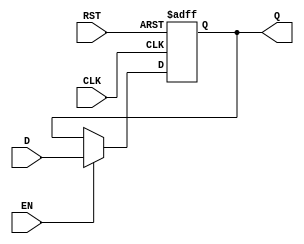
module stage_register (
    input wire CLK,      // Clock signal
    input wire EN,       // Enable signal
    input wire RST,      // Reset signal (active high)
    input wire [N-1:0] D, // Data input (N-bit wide)
    output reg [N-1:0] Q  // Data output (N-bit wide)
);
    parameter N = 8; // Parameter to define the width of the register

    // Always block triggered on the rising edge of the clock or the reset signal
    always @(posedge CLK or posedge RST) begin
        if (RST) begin
            Q <= {N{1'b0}}; // Reset the register to zero
        end else if (EN) begin
            Q <= D; // Capture input data when enabled
        end
        // If EN is low, Q retains its previous value
    end

endmodule